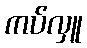
ကပ်လှူ